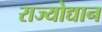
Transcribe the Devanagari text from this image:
राज्योद्यान